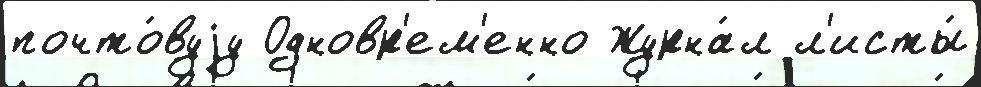
почто́вуjу Одновр'ем'енно Журна́л л'исты́